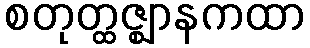
စတုတ္ထဇ္ဈာနကထာ